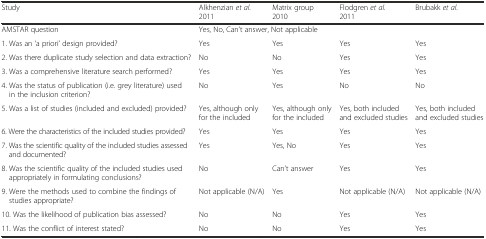
<table><thead><tr><td><b>Study</b></td><td><b>Alkhenzian <i>et al.</i> 2011</b></td><td><b>Matrix group 2010</b></td><td><b>Flodgren <i>et al.</i> 2011</b></td><td><b>Brubakk <i>et al.</i></b></td></tr></thead><tbody><tr><td>AMSTAR question</td><td colspan="3">Yes, No, Can’t answer, Not applicable</td><td></td></tr><tr><td>1. Was an ‘a priori’ design provided?</td><td>Yes</td><td>Yes</td><td>Yes</td><td>Yes</td></tr><tr><td>2. Was there duplicate study selection and data extraction?</td><td>No</td><td>No</td><td>Yes</td><td>Yes</td></tr><tr><td>3. Was a comprehensive literature search performed?</td><td>Yes</td><td>Yes</td><td>Yes</td><td>Yes</td></tr><tr><td>4. Was the status of publication (i.e. grey literature) used in the inclusion criterion?</td><td>No</td><td>Yes</td><td>No</td><td>No</td></tr><tr><td>5. Was a list of studies (included and excluded) provided?</td><td>Yes, although only for the included</td><td>Yes, although only for the included</td><td>Yes, both included and excluded studies</td><td>Yes, both included and excluded studies</td></tr><tr><td>6. Were the characteristics of the included studies provided?</td><td>Yes</td><td>Yes</td><td>Yes</td><td>Yes</td></tr><tr><td>7. Was the scientific quality of the included studies assessed and documented?</td><td>Yes</td><td>Yes, No</td><td>Yes</td><td>Yes</td></tr><tr><td>8. Was the scientific quality of the included studies used appropriately in formulating conclusions?</td><td>No</td><td>Can’t answer</td><td>Yes</td><td>Yes</td></tr><tr><td>9. Were the methods used to combine the findings of studies appropriate?</td><td>Not applicable (N/A)</td><td>Yes</td><td>Not applicable (N/A)</td><td>Not applicable (N/A)</td></tr><tr><td>10. Was the likelihood of publication bias assessed?</td><td>No</td><td>No</td><td>Yes</td><td>Yes</td></tr><tr><td>11. Was the conflict of interest stated?</td><td>No</td><td>No</td><td>Yes</td><td>Yes</td></tr></tbody></table>